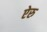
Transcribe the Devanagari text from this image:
ऐरु